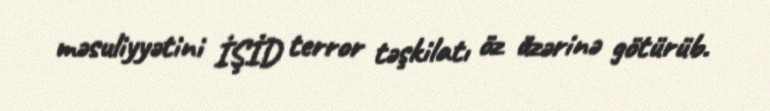
məsuliyyətini İŞİD terror təşkilatı öz üzərinə götürüb.